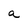
Character: a